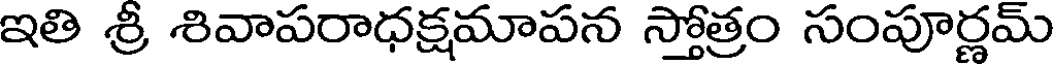
ఇతి శ్రీ శివాపరాధక్షమాపన స్తోత్రం సంపూర్ణమ్